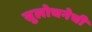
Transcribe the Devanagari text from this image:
सुलोचनेची